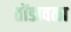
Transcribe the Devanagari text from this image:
तोंडावळा